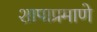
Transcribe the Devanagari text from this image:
शापाप्रमाणे